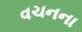
વચનના